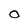
Character: O